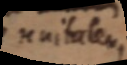
unitatem